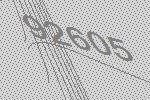
92605